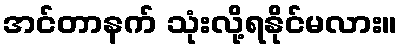
အင်တာနက် သုံးလို့ရနိုင်မလား။